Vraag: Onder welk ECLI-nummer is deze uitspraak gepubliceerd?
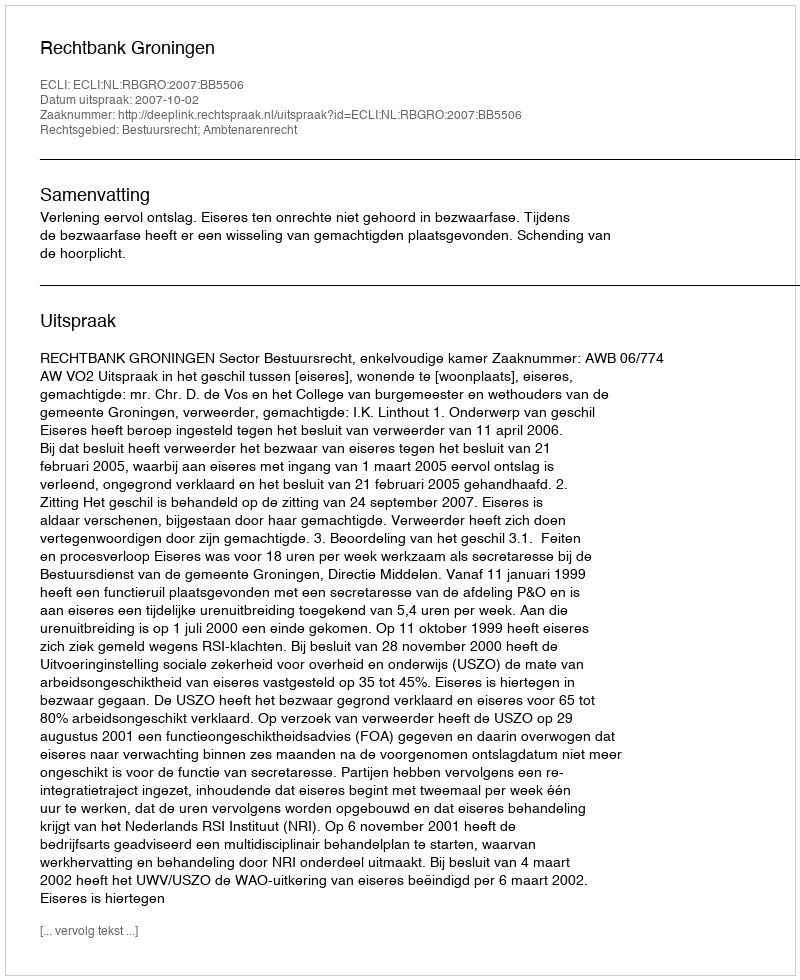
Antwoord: ECLI:NL:RBGRO:2007:BB5506